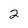
Character: 2